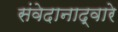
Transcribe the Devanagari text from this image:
संवेदानाद्वारे